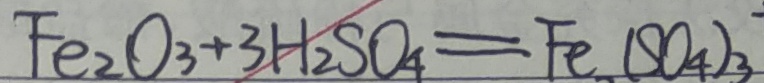
F e _ { 2 } O _ { 3 } + 3 H _ { 2 } S O _ { 4 } = F e ( S O _ { 4 } ) _ { 3 }